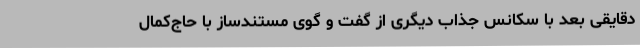
دقایقی بعد با سکانس جذاب دیگری از گفت و گوی مستند‌ساز با حاج‌کمال